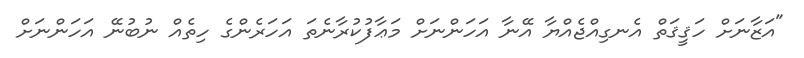
"އަޒާނަށް ހަޤީޤަތް އެނގިއްޖެއްޔާ އޭނާ އަހަންނަށް މަޢާފުކުރާނެތަ އަހަރެންގެ ހިތެއް ނުބުނޭ އަހަންނަށް